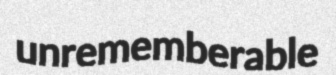
unrememberable